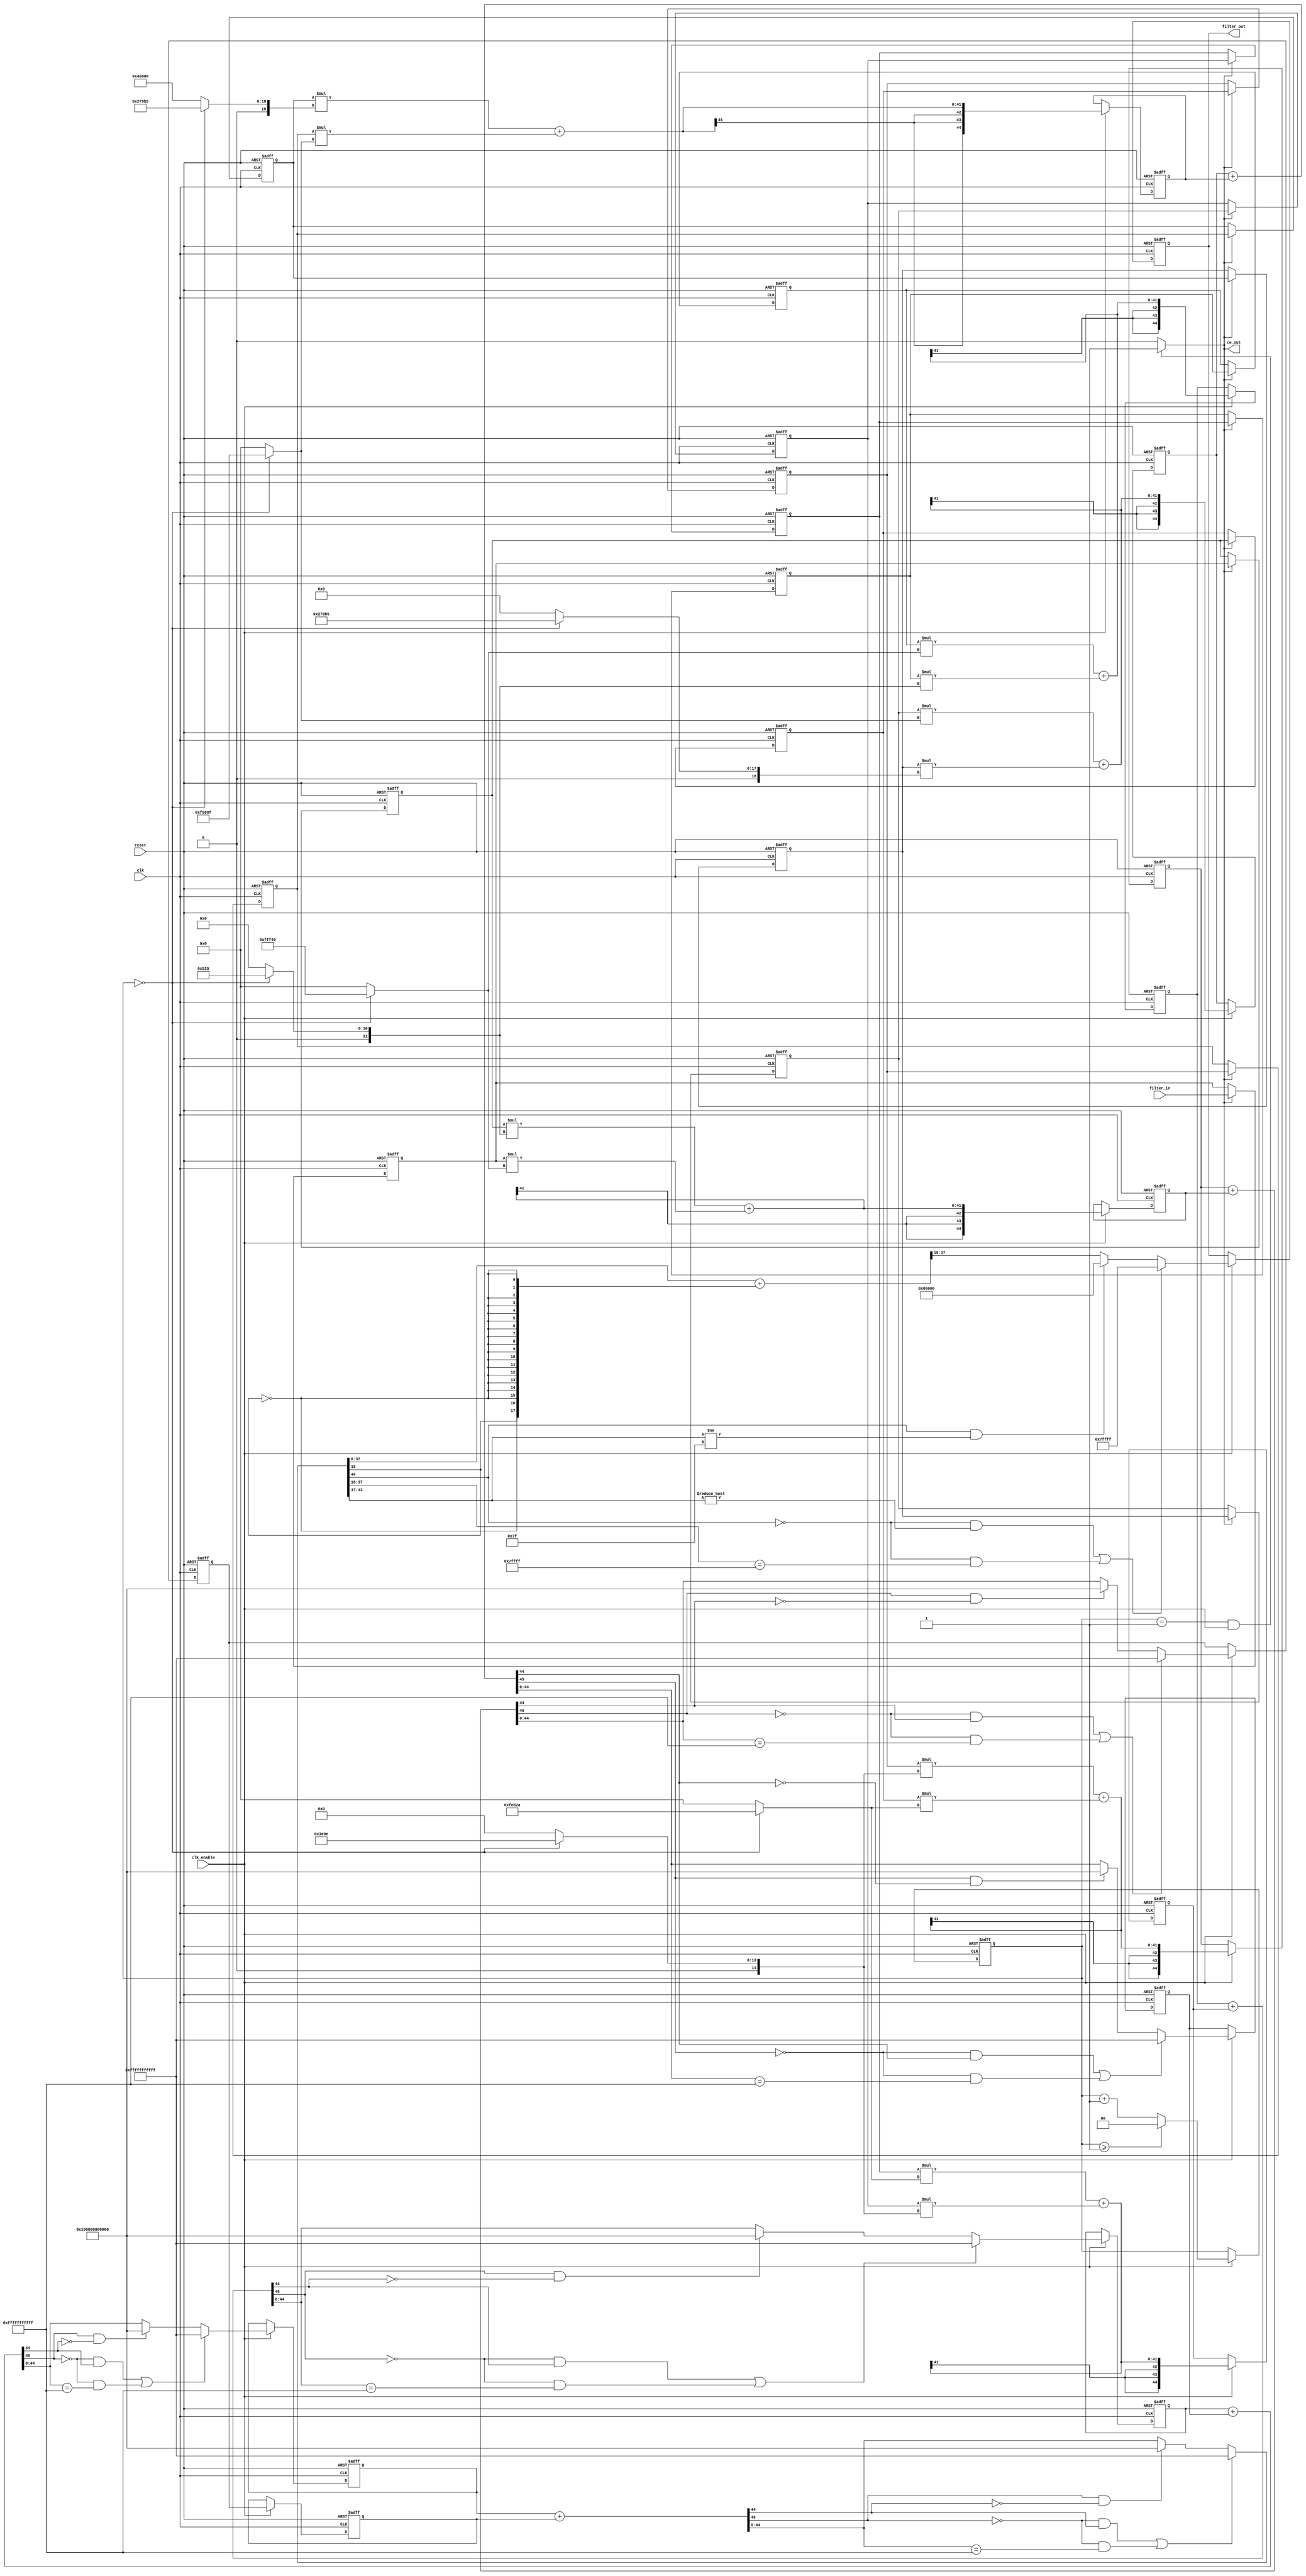
// -------------------------------------------------------------
//
// Module: halfBandSecond
// Generated by MATLAB(R) 23.2 and Filter Design HDL Coder 23.2.
// Generated on: 2024-05-02 14:30:42
// -------------------------------------------------------------

// -------------------------------------------------------------
// HDL Code Generation Options:
//
// FIRAdderStyle: tree
// OptimizeForHDL: on
// TargetDirectory: D:\fax\zavrsni\halfBandSecond
// AddPipelineRegisters: on
// Name: halfBandSecond
// TargetLanguage: Verilog
// TestBenchName: halfband2_tb
// TestBenchStimulus: step chirp 
// TestBenchUserStimulus:  User data, length 200
// LoopUnrolling: on

// Filter Specifications:
//
// Sample Rate          : 176.4 kHz
// Response             : Halfband
// Specification        : N,TW
// Interpolation Factor : 2
// Multirate Type       : Interpolator
// Transition Width     : 44.05 kHz
// Type                 : Lowpass
// Filter Order         : 22
// -------------------------------------------------------------

// -------------------------------------------------------------
// HDL Implementation    : Fully parallel
// Folding Factor        : 1
// -------------------------------------------------------------
// Filter Settings:
//
// Discrete-Time FIR Multirate Filter (real)
// -----------------------------------------
// Filter Structure      : Direct-Form FIR Polyphase Interpolator
// Interpolation Factor  : 2
// Polyphase Length      : 12
// Filter Length         : 23
// Stable                : Yes
// Linear Phase          : Yes (Type 1)
//
// Arithmetic            : fixed
// Numerator             : s20,18 -> [-2 2)
// -------------------------------------------------------------




//`timescale 1 ns / 1 ns

module halfBandSecond
               (
                clk,
                clk_enable,
                reset,
                filter_in,
                filter_out,
                ce_out
                );

  input   clk; 
  input   clk_enable; 
  input   reset; 
  input   signed [20:0] filter_in; //sfix21_En15
  output  signed [19:0] filter_out; //sfix20_En15
  output  ce_out; 

////////////////////////////////////////////////////////////////
//Module Architecture: halfBandSecond
////////////////////////////////////////////////////////////////
  // Local Functions
  // Type Definitions
  // Constants
  parameter signed [19:0] coeffphase1_1 = 20'b11111111111101001001; //sfix20_En18
  parameter signed [19:0] coeffphase1_2 = 20'b00000000010100101001; //sfix20_En18
  parameter signed [19:0] coeffphase1_3 = 20'b11111110101100101010; //sfix20_En18
  parameter signed [19:0] coeffphase1_4 = 20'b00000011111010011110; //sfix20_En18
  parameter signed [19:0] coeffphase1_5 = 20'b11110101100000001111; //sfix20_En18
  parameter signed [19:0] coeffphase1_6 = 20'b00100111100110110101; //sfix20_En18
  parameter signed [19:0] coeffphase1_7 = 20'b00100111100110110101; //sfix20_En18
  parameter signed [19:0] coeffphase1_8 = 20'b11110101100000001111; //sfix20_En18
  parameter signed [19:0] coeffphase1_9 = 20'b00000011111010011110; //sfix20_En18
  parameter signed [19:0] coeffphase1_10 = 20'b11111110101100101010; //sfix20_En18
  parameter signed [19:0] coeffphase1_11 = 20'b00000000010100101001; //sfix20_En18
  parameter signed [19:0] coeffphase1_12 = 20'b11111111111101001001; //sfix20_En18
  parameter signed [19:0] coeffphase2_1 = 20'b00000000000000000000; //sfix20_En18
  parameter signed [19:0] coeffphase2_2 = 20'b00000000000000000000; //sfix20_En18
  parameter signed [19:0] coeffphase2_3 = 20'b00000000000000000000; //sfix20_En18
  parameter signed [19:0] coeffphase2_4 = 20'b00000000000000000000; //sfix20_En18
  parameter signed [19:0] coeffphase2_5 = 20'b00000000000000000000; //sfix20_En18
  parameter signed [19:0] coeffphase2_6 = 20'b01000000000000000000; //sfix20_En18
  parameter signed [19:0] coeffphase2_7 = 20'b00000000000000000000; //sfix20_En18
  parameter signed [19:0] coeffphase2_8 = 20'b00000000000000000000; //sfix20_En18
  parameter signed [19:0] coeffphase2_9 = 20'b00000000000000000000; //sfix20_En18
  parameter signed [19:0] coeffphase2_10 = 20'b00000000000000000000; //sfix20_En18
  parameter signed [19:0] coeffphase2_11 = 20'b00000000000000000000; //sfix20_En18
  parameter signed [19:0] coeffphase2_12 = 20'b00000000000000000000; //sfix20_En18

  // Signals
  reg  [1:0] cur_count; // ufix2
  wire phase_1; // boolean
  reg  signed [20:0] delay_pipeline [0:11] ; // sfix21_En15
  wire signed [40:0] product; // sfix41_En33
  wire signed [19:0] product_mux; // sfix20_En18
  wire signed [40:0] product_1; // sfix41_En33
  wire signed [19:0] product_mux_1; // sfix20_En18
  wire signed [40:0] product_2; // sfix41_En33
  wire signed [19:0] product_mux_2; // sfix20_En18
  wire signed [40:0] product_3; // sfix41_En33
  wire signed [19:0] product_mux_3; // sfix20_En18
  wire signed [40:0] product_4; // sfix41_En33
  wire signed [19:0] product_mux_4; // sfix20_En18
  wire signed [40:0] product_5; // sfix41_En33
  wire signed [19:0] product_mux_5; // sfix20_En18
  wire signed [40:0] product_6; // sfix41_En33
  wire signed [19:0] product_mux_6; // sfix20_En18
  wire signed [40:0] product_7; // sfix41_En33
  wire signed [19:0] product_mux_7; // sfix20_En18
  wire signed [40:0] product_8; // sfix41_En33
  wire signed [19:0] product_mux_8; // sfix20_En18
  wire signed [40:0] product_9; // sfix41_En33
  wire signed [19:0] product_mux_9; // sfix20_En18
  wire signed [40:0] product_10; // sfix41_En33
  wire signed [19:0] product_mux_10; // sfix20_En18
  wire signed [40:0] product_11; // sfix41_En33
  wire signed [19:0] product_mux_11; // sfix20_En18
  wire signed [44:0] sumvector1 [0:5] ; // sfix45_En33
  wire signed [40:0] add_signext; // sfix41_En33
  wire signed [40:0] add_signext_1; // sfix41_En33
  wire signed [41:0] add_temp; // sfix42_En33
  wire signed [40:0] add_signext_2; // sfix41_En33
  wire signed [40:0] add_signext_3; // sfix41_En33
  wire signed [41:0] add_temp_1; // sfix42_En33
  wire signed [40:0] add_signext_4; // sfix41_En33
  wire signed [40:0] add_signext_5; // sfix41_En33
  wire signed [41:0] add_temp_2; // sfix42_En33
  wire signed [40:0] add_signext_6; // sfix41_En33
  wire signed [40:0] add_signext_7; // sfix41_En33
  wire signed [41:0] add_temp_3; // sfix42_En33
  wire signed [40:0] add_signext_8; // sfix41_En33
  wire signed [40:0] add_signext_9; // sfix41_En33
  wire signed [41:0] add_temp_4; // sfix42_En33
  wire signed [40:0] add_signext_10; // sfix41_En33
  wire signed [40:0] add_signext_11; // sfix41_En33
  wire signed [41:0] add_temp_5; // sfix42_En33
  reg  signed [44:0] sumdelay_pipeline1 [0:5] ; // sfix45_En33
  wire signed [44:0] sumvector2 [0:2] ; // sfix45_En33
  wire signed [44:0] add_signext_12; // sfix45_En33
  wire signed [44:0] add_signext_13; // sfix45_En33
  wire signed [45:0] add_temp_6; // sfix46_En33
  wire signed [44:0] add_signext_14; // sfix45_En33
  wire signed [44:0] add_signext_15; // sfix45_En33
  wire signed [45:0] add_temp_7; // sfix46_En33
  wire signed [44:0] add_signext_16; // sfix45_En33
  wire signed [44:0] add_signext_17; // sfix45_En33
  wire signed [45:0] add_temp_8; // sfix46_En33
  reg  signed [44:0] sumdelay_pipeline2 [0:2] ; // sfix45_En33
  wire signed [44:0] sumvector3 [0:1] ; // sfix45_En33
  wire signed [44:0] add_signext_18; // sfix45_En33
  wire signed [44:0] add_signext_19; // sfix45_En33
  wire signed [45:0] add_temp_9; // sfix46_En33
  reg  signed [44:0] sumdelay_pipeline3 [0:1] ; // sfix45_En33
  wire signed [44:0] sum4; // sfix45_En33
  wire signed [44:0] add_signext_20; // sfix45_En33
  wire signed [44:0] add_signext_21; // sfix45_En33
  wire signed [45:0] add_temp_10; // sfix46_En33
  wire signed [19:0] output_typeconvert; // sfix20_En15
  reg  signed [19:0] output_register; // sfix20_En15

  // Block Statements
  always @ (posedge clk or posedge reset)
    begin: ce_output
      if (reset == 1'b1) begin
        cur_count <= 2'b00;
      end
      else begin
        if (clk_enable == 1'b1) begin
          if (cur_count >= 2'b01) begin
            cur_count <= 2'b00;
          end
          else begin
            cur_count <= cur_count + 2'b01;
          end
        end
      end
    end // ce_output

  assign  phase_1 = (cur_count == 2'b01 && clk_enable == 1'b1) ? 1'b1 : 1'b0;

  //   ---------------- Delay Registers ----------------

  always @( posedge clk or posedge reset)
    begin: Delay_Pipeline_process
      if (reset == 1'b1) begin
        delay_pipeline[0] <= 0;
        delay_pipeline[1] <= 0;
        delay_pipeline[2] <= 0;
        delay_pipeline[3] <= 0;
        delay_pipeline[4] <= 0;
        delay_pipeline[5] <= 0;
        delay_pipeline[6] <= 0;
        delay_pipeline[7] <= 0;
        delay_pipeline[8] <= 0;
        delay_pipeline[9] <= 0;
        delay_pipeline[10] <= 0;
        delay_pipeline[11] <= 0;
      end
      else begin
        if (phase_1 == 1'b1) begin
          delay_pipeline[0] <= filter_in;
          delay_pipeline[1] <= delay_pipeline[0];
          delay_pipeline[2] <= delay_pipeline[1];
          delay_pipeline[3] <= delay_pipeline[2];
          delay_pipeline[4] <= delay_pipeline[3];
          delay_pipeline[5] <= delay_pipeline[4];
          delay_pipeline[6] <= delay_pipeline[5];
          delay_pipeline[7] <= delay_pipeline[6];
          delay_pipeline[8] <= delay_pipeline[7];
          delay_pipeline[9] <= delay_pipeline[8];
          delay_pipeline[10] <= delay_pipeline[9];
          delay_pipeline[11] <= delay_pipeline[10];
        end
      end
    end // Delay_Pipeline_process


  assign product_mux = (cur_count == 2'b00) ? coeffphase1_12 :
                      coeffphase2_12;
  assign product = delay_pipeline[11] * product_mux;

  assign product_mux_1 = (cur_count == 2'b00) ? coeffphase1_11 :
                        coeffphase2_11;
  assign product_1 = delay_pipeline[10] * product_mux_1;

  assign product_mux_2 = (cur_count == 2'b00) ? coeffphase1_10 :
                        coeffphase2_10;
  assign product_2 = delay_pipeline[9] * product_mux_2;

  assign product_mux_3 = (cur_count == 2'b00) ? coeffphase1_9 :
                        coeffphase2_9;
  assign product_3 = delay_pipeline[8] * product_mux_3;

  assign product_mux_4 = (cur_count == 2'b00) ? coeffphase1_8 :
                        coeffphase2_8;
  assign product_4 = delay_pipeline[7] * product_mux_4;

  assign product_mux_5 = (cur_count == 2'b00) ? coeffphase1_7 :
                        coeffphase2_7;
  assign product_5 = delay_pipeline[6] * product_mux_5;

  assign product_mux_6 = (cur_count == 2'b00) ? coeffphase1_6 :
                        coeffphase2_6;
  assign product_6 = delay_pipeline[5] * product_mux_6;

  assign product_mux_7 = (cur_count == 2'b00) ? coeffphase1_5 :
                        coeffphase2_5;
  assign product_7 = delay_pipeline[4] * product_mux_7;

  assign product_mux_8 = (cur_count == 2'b00) ? coeffphase1_4 :
                        coeffphase2_4;
  assign product_8 = delay_pipeline[3] * product_mux_8;

  assign product_mux_9 = (cur_count == 2'b00) ? coeffphase1_3 :
                        coeffphase2_3;
  assign product_9 = delay_pipeline[2] * product_mux_9;

  assign product_mux_10 = (cur_count == 2'b00) ? coeffphase1_2 :
                         coeffphase2_2;
  assign product_10 = delay_pipeline[1] * product_mux_10;

  assign product_mux_11 = (cur_count == 2'b00) ? coeffphase1_1 :
                         coeffphase2_1;
  assign product_11 = delay_pipeline[0] * product_mux_11;

  assign add_signext = product;
  assign add_signext_1 = product_1;
  assign add_temp = add_signext + add_signext_1;
  assign sumvector1[0] = $signed({{3{add_temp[41]}}, add_temp});

  assign add_signext_2 = product_2;
  assign add_signext_3 = product_3;
  assign add_temp_1 = add_signext_2 + add_signext_3;
  assign sumvector1[1] = $signed({{3{add_temp_1[41]}}, add_temp_1});

  assign add_signext_4 = product_4;
  assign add_signext_5 = product_5;
  assign add_temp_2 = add_signext_4 + add_signext_5;
  assign sumvector1[2] = $signed({{3{add_temp_2[41]}}, add_temp_2});

  assign add_signext_6 = product_6;
  assign add_signext_7 = product_7;
  assign add_temp_3 = add_signext_6 + add_signext_7;
  assign sumvector1[3] = $signed({{3{add_temp_3[41]}}, add_temp_3});

  assign add_signext_8 = product_8;
  assign add_signext_9 = product_9;
  assign add_temp_4 = add_signext_8 + add_signext_9;
  assign sumvector1[4] = $signed({{3{add_temp_4[41]}}, add_temp_4});

  assign add_signext_10 = product_10;
  assign add_signext_11 = product_11;
  assign add_temp_5 = add_signext_10 + add_signext_11;
  assign sumvector1[5] = $signed({{3{add_temp_5[41]}}, add_temp_5});

  always @ (posedge clk or posedge reset)
    begin: sumdelay_pipeline_process1
      if (reset == 1'b1) begin
        sumdelay_pipeline1[0] <= 0;
        sumdelay_pipeline1[1] <= 0;
        sumdelay_pipeline1[2] <= 0;
        sumdelay_pipeline1[3] <= 0;
        sumdelay_pipeline1[4] <= 0;
        sumdelay_pipeline1[5] <= 0;
      end
      else begin
        if (clk_enable == 1'b1) begin
          sumdelay_pipeline1[0] <= sumvector1[0];
          sumdelay_pipeline1[1] <= sumvector1[1];
          sumdelay_pipeline1[2] <= sumvector1[2];
          sumdelay_pipeline1[3] <= sumvector1[3];
          sumdelay_pipeline1[4] <= sumvector1[4];
          sumdelay_pipeline1[5] <= sumvector1[5];
        end
      end
    end // sumdelay_pipeline_process1

  assign add_signext_12 = sumdelay_pipeline1[0];
  assign add_signext_13 = sumdelay_pipeline1[1];
  assign add_temp_6 = add_signext_12 + add_signext_13;
  assign sumvector2[0] = ((add_temp_6[45] == 1'b0 & add_temp_6[44] != 1'b0) || (add_temp_6[45] == 1'b0 && add_temp_6[44:0] == 45'b011111111111111111111111111111111111111111111) // special case0
) ? 45'b011111111111111111111111111111111111111111111 : 
      (add_temp_6[45] == 1'b1 && add_temp_6[44] != 1'b1) ? 45'b100000000000000000000000000000000000000000000 : add_temp_6[44:0];

  assign add_signext_14 = sumdelay_pipeline1[2];
  assign add_signext_15 = sumdelay_pipeline1[3];
  assign add_temp_7 = add_signext_14 + add_signext_15;
  assign sumvector2[1] = ((add_temp_7[45] == 1'b0 & add_temp_7[44] != 1'b0) || (add_temp_7[45] == 1'b0 && add_temp_7[44:0] == 45'b011111111111111111111111111111111111111111111) // special case0
) ? 45'b011111111111111111111111111111111111111111111 : 
      (add_temp_7[45] == 1'b1 && add_temp_7[44] != 1'b1) ? 45'b100000000000000000000000000000000000000000000 : add_temp_7[44:0];

  assign add_signext_16 = sumdelay_pipeline1[4];
  assign add_signext_17 = sumdelay_pipeline1[5];
  assign add_temp_8 = add_signext_16 + add_signext_17;
  assign sumvector2[2] = ((add_temp_8[45] == 1'b0 & add_temp_8[44] != 1'b0) || (add_temp_8[45] == 1'b0 && add_temp_8[44:0] == 45'b011111111111111111111111111111111111111111111) // special case0
) ? 45'b011111111111111111111111111111111111111111111 : 
      (add_temp_8[45] == 1'b1 && add_temp_8[44] != 1'b1) ? 45'b100000000000000000000000000000000000000000000 : add_temp_8[44:0];

  always @ (posedge clk or posedge reset)
    begin: sumdelay_pipeline_process2
      if (reset == 1'b1) begin
        sumdelay_pipeline2[0] <= 0;
        sumdelay_pipeline2[1] <= 0;
        sumdelay_pipeline2[2] <= 0;
      end
      else begin
        if (clk_enable == 1'b1) begin
          sumdelay_pipeline2[0] <= sumvector2[0];
          sumdelay_pipeline2[1] <= sumvector2[1];
          sumdelay_pipeline2[2] <= sumvector2[2];
        end
      end
    end // sumdelay_pipeline_process2

  assign add_signext_18 = sumdelay_pipeline2[0];
  assign add_signext_19 = sumdelay_pipeline2[1];
  assign add_temp_9 = add_signext_18 + add_signext_19;
  assign sumvector3[0] = ((add_temp_9[45] == 1'b0 & add_temp_9[44] != 1'b0) || (add_temp_9[45] == 1'b0 && add_temp_9[44:0] == 45'b011111111111111111111111111111111111111111111) // special case0
) ? 45'b011111111111111111111111111111111111111111111 : 
      (add_temp_9[45] == 1'b1 && add_temp_9[44] != 1'b1) ? 45'b100000000000000000000000000000000000000000000 : add_temp_9[44:0];

  assign sumvector3[1] = sumdelay_pipeline2[2];

  always @ (posedge clk or posedge reset)
    begin: sumdelay_pipeline_process3
      if (reset == 1'b1) begin
        sumdelay_pipeline3[0] <= 0;
        sumdelay_pipeline3[1] <= 0;
      end
      else begin
        if (clk_enable == 1'b1) begin
          sumdelay_pipeline3[0] <= sumvector3[0];
          sumdelay_pipeline3[1] <= sumvector3[1];
        end
      end
    end // sumdelay_pipeline_process3

  assign add_signext_20 = sumdelay_pipeline3[0];
  assign add_signext_21 = sumdelay_pipeline3[1];
  assign add_temp_10 = add_signext_20 + add_signext_21;
  assign sum4 = ((add_temp_10[45] == 1'b0 & add_temp_10[44] != 1'b0) || (add_temp_10[45] == 1'b0 && add_temp_10[44:0] == 45'b011111111111111111111111111111111111111111111) // special case0
) ? 45'b011111111111111111111111111111111111111111111 : 
      (add_temp_10[45] == 1'b1 && add_temp_10[44] != 1'b1) ? 45'b100000000000000000000000000000000000000000000 : add_temp_10[44:0];

  assign output_typeconvert = ((sum4[44] == 1'b0 & sum4[43:37] != 7'b0000000) || (sum4[44] == 1'b0 && sum4[37:18] == 20'b01111111111111111111) // special case0
) ? 20'b01111111111111111111 : 
      (sum4[44] == 1'b1 && sum4[43:37] != 7'b1111111) ? 20'b10000000000000000000 : (sum4[37:0] + {sum4[18], {17{~sum4[18]}}})>>>18;

  always @ (posedge clk or posedge reset)
    begin: Output_Register_process
      if (reset == 1'b1) begin
        output_register <= 0;
      end
      else begin
        if (clk_enable == 1'b1) begin
          output_register <= output_typeconvert;
        end
      end
    end // Output_Register_process

  // Assignment Statements
  assign ce_out = phase_1;
  assign filter_out = output_register;
endmodule  // halfBandSecond